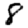
Digit: 8